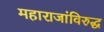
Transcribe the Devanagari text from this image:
महाराजांविरुद्ध